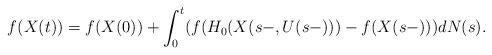
LaTeX: \begin{align*}f(X(t))=f(X(0))+\int_0^t(f(H_0(X(s-,U(s-)))-f(X(s-)))dN(s).\end{align*}